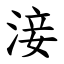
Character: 淁